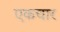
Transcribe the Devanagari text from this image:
एकचार